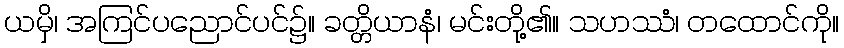
ယမှိ၊ အကြင်ပညောင်ပင်၌။ ခတ္တိယာနံ၊ မင်းတို့၏။ သဟဿံ၊ တထောင်ကို။